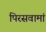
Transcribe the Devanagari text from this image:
पिरसवामां